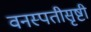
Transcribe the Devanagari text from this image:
वनस्पतीसृष्टी